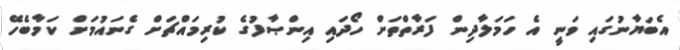
އެބަޔާނުގައި ވަނީ އެ ހަމަލާދިން ފަރާތްތަށް ހޯދައި އިންޞާފުގެ ކުރިމައްޗަށް ގެނައުމަށް ކަމާބެހޭ